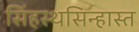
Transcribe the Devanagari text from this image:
सिंहस्थसिन्हास्त